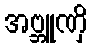
အဗ္ဘူဏှိ